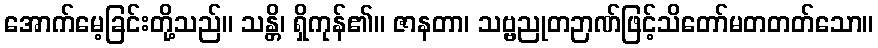
အောက်မေ့ခြင်းတို့သည်။ သန္တိ၊ ရှိကုန်၏။ ဇာနတာ၊ သဗ္ဗညုတဉာဏ်ဖြင့်သိတော်မတတတ်သော။